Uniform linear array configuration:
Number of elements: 32
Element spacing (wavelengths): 0.5
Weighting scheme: hann
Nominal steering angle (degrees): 45
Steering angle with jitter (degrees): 44.349
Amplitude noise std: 0.05
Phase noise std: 0.05

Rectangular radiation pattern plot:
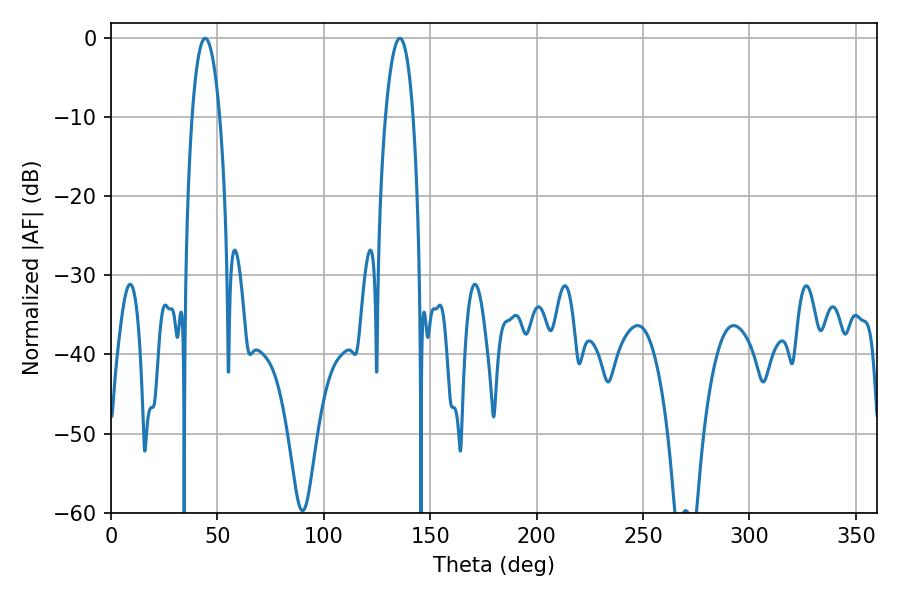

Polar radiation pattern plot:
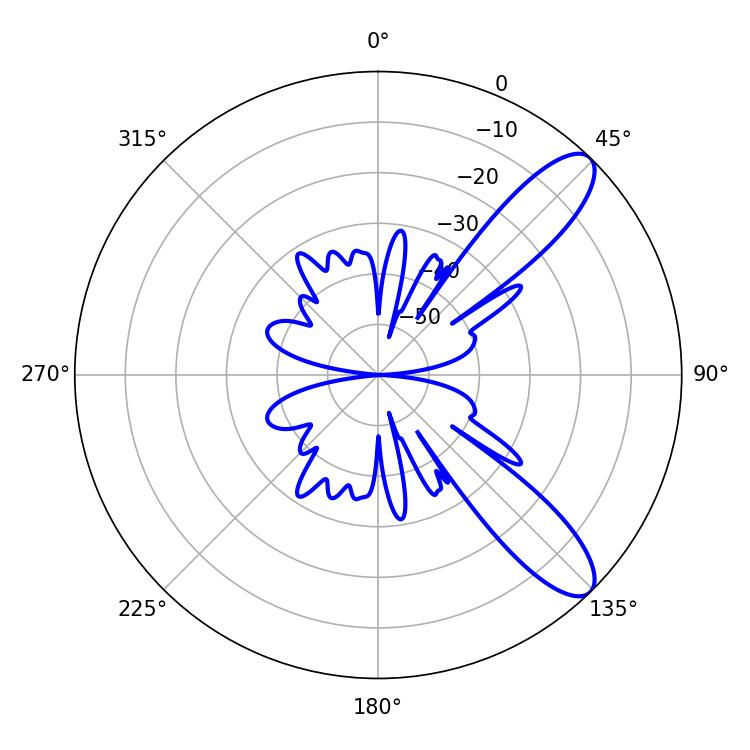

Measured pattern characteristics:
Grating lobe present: FALSE
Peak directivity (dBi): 10.245
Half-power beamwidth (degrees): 7.38
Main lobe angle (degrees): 44.28